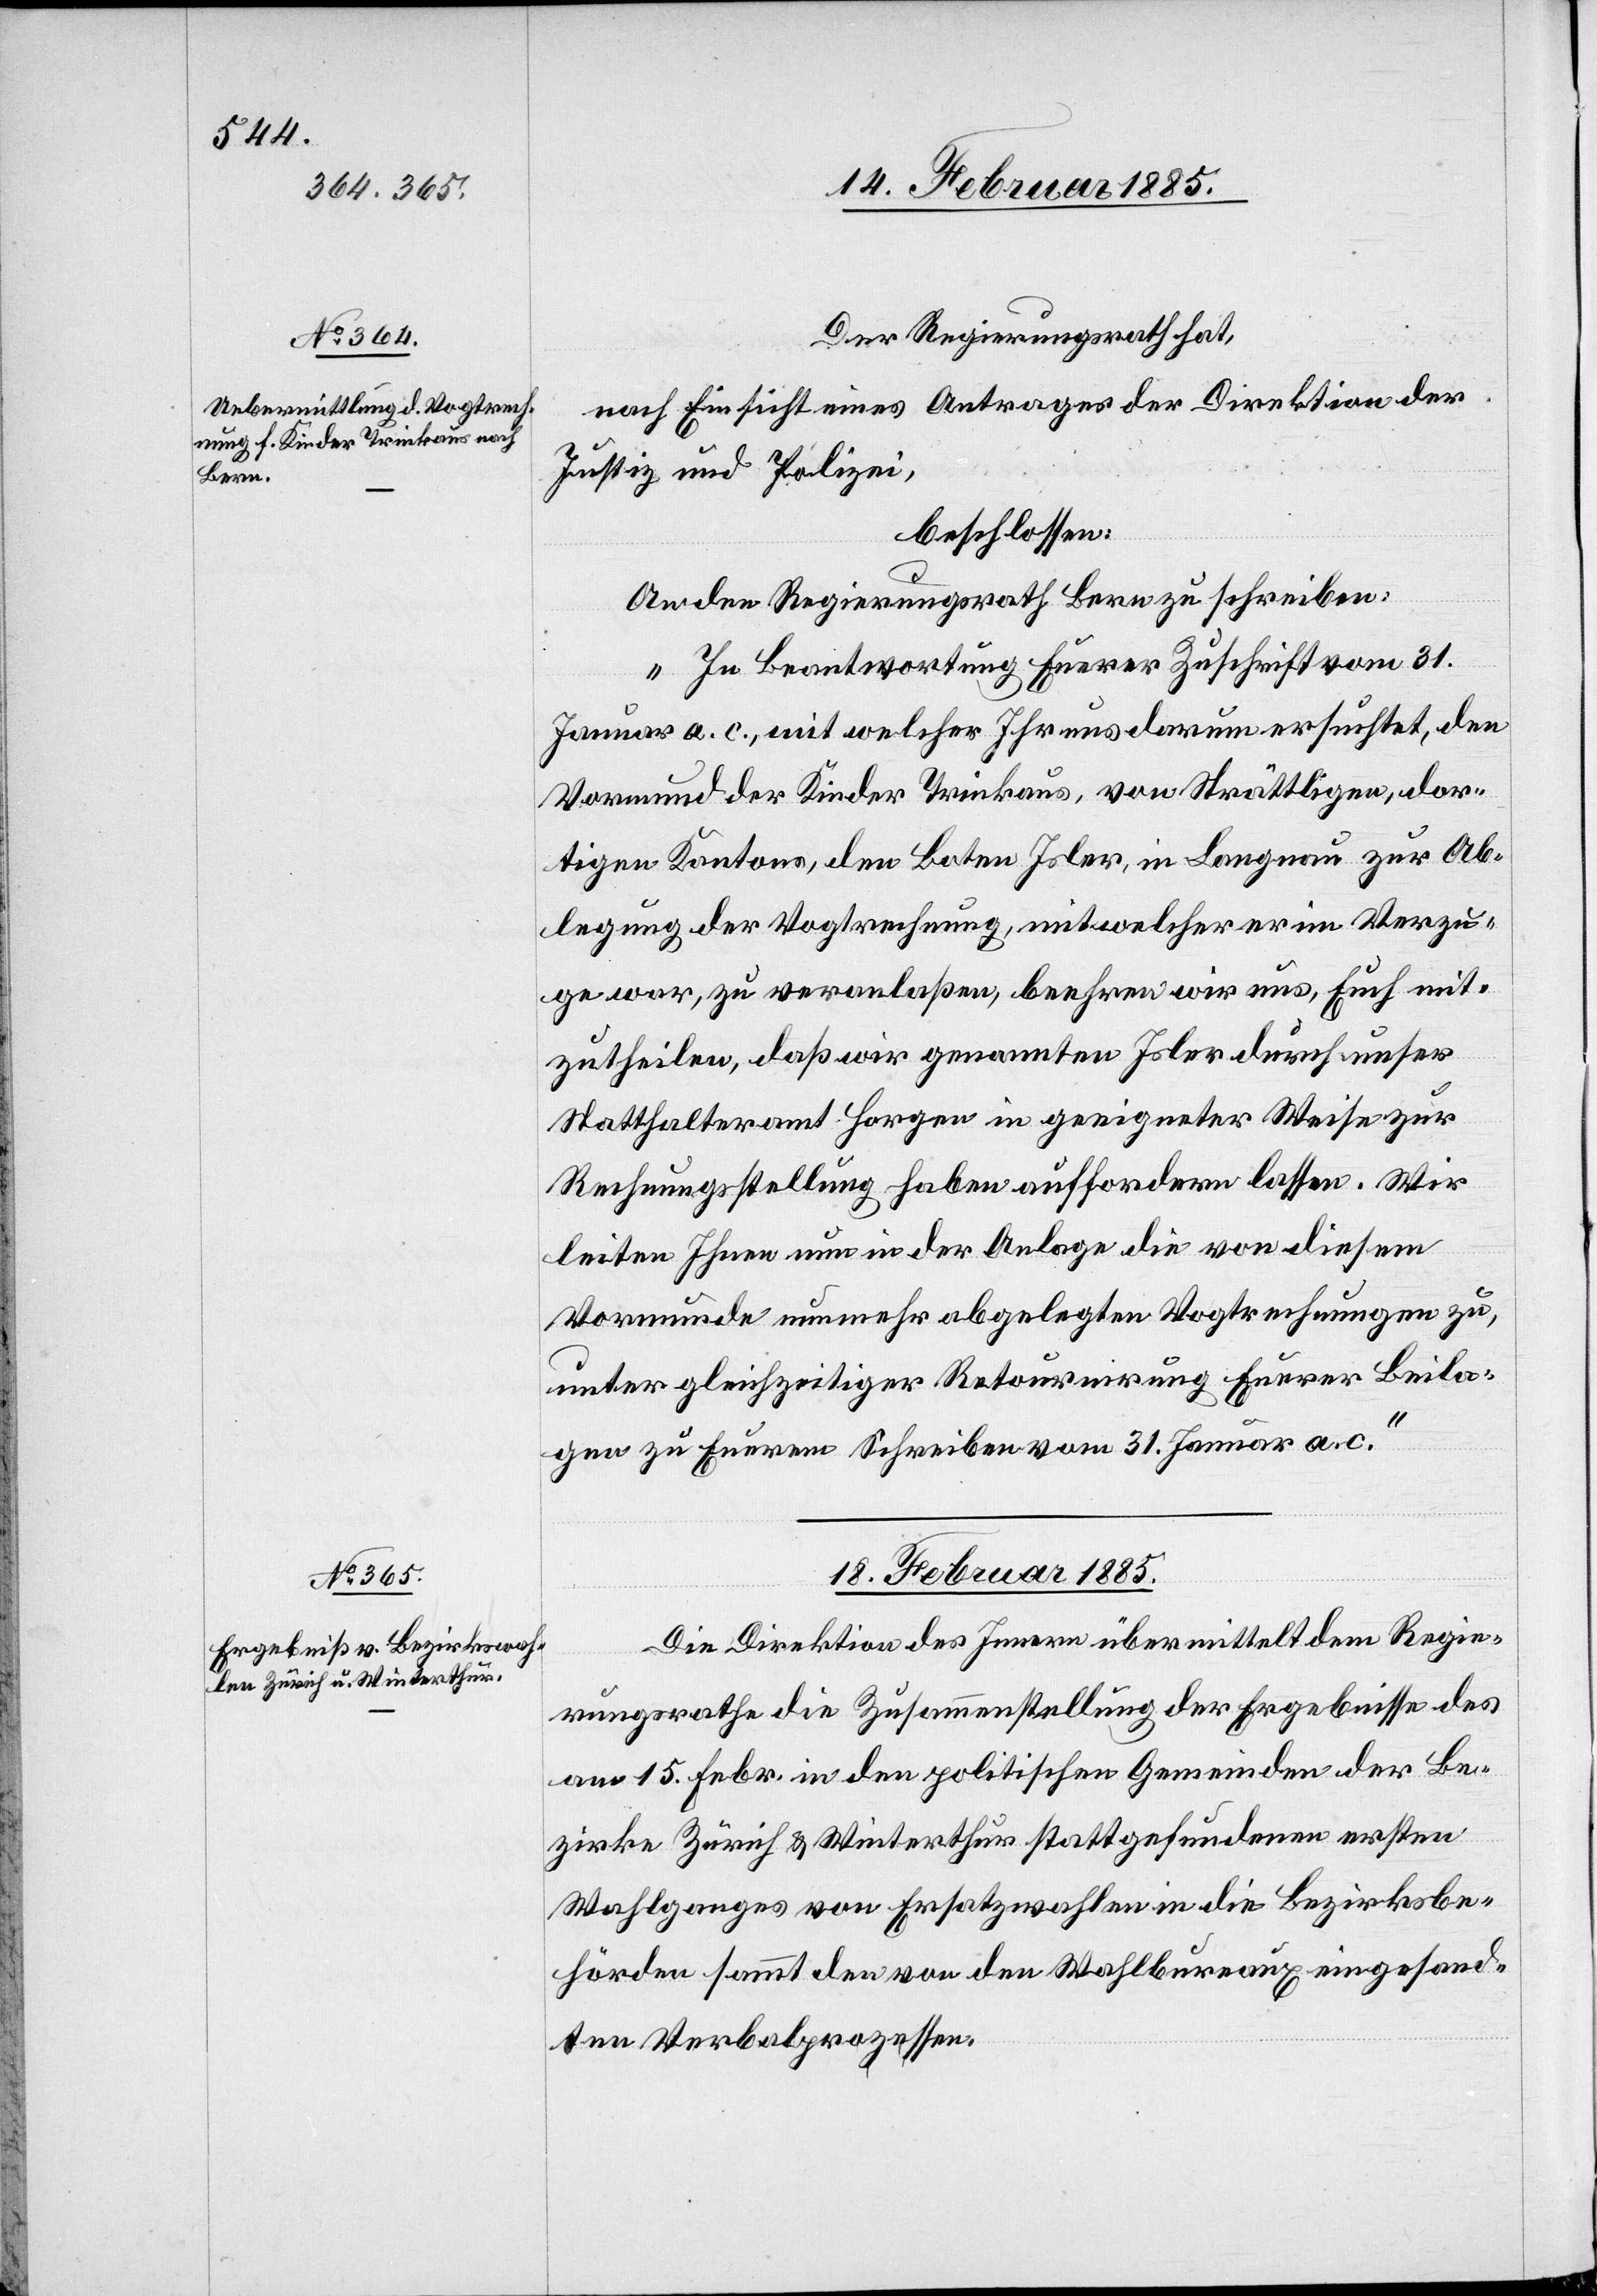
17. Februar 1885.]
Der Regierungsrath hat,
nach Einsicht eines Antrages der Direktion der
Justiz & Polizei,
beschlossen:
An den Regierungsrath Bern zu schreiben:
„In Beantwortung Euerer Zuschrift vom 31.
Januar a. c., mit welcher Ihr uns darum ersuchtet, den
Vormund der Kinder Trinkaus, von Strättligen, dor¬
tigen Kantons, den Boten Isler, in Langnau zur Ab¬
legung der Vogtrechnung, mit welcher er im Verzu¬
ge war, zu veranlaßen, beehren wir uns, Euch mit¬
zutheilen, daß wir genannten Isler durch unser
Statthalteramt Horgen in geeigneter Weise zur
Rechnungstellung haben auffordern lassen. Wir
leiten Ihnen nun in der Anlage die von diesem
Vormunde nunmehr abgelegten Vogtrechnungen zu,
unter gleichzeitiger Retournirung Euerer Beila¬
gen zu Euerem Schreiben vom 31. Januar a.
18. Februar 1885.
Die Direktion des Innern übermittelt dem Regie¬
rungsrathe die Zusammenstellung der Ergebnisse des
am 15. Febr. in den politischen Gemeinden der Be¬
zirke Zürich & Winterthur stattgefundenen ersten
Wahlganges von Ersatzwahlen in die Bezirksbe¬
hörden sammt den von den Wahlbureaux eingesand¬
ten Verbalprozessen.